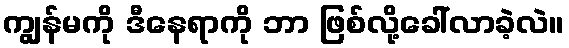
ကျွန်မကို ဒီနေရာကို ဘာ ဖြစ်လို့ခေါ်လာခဲ့လဲ။